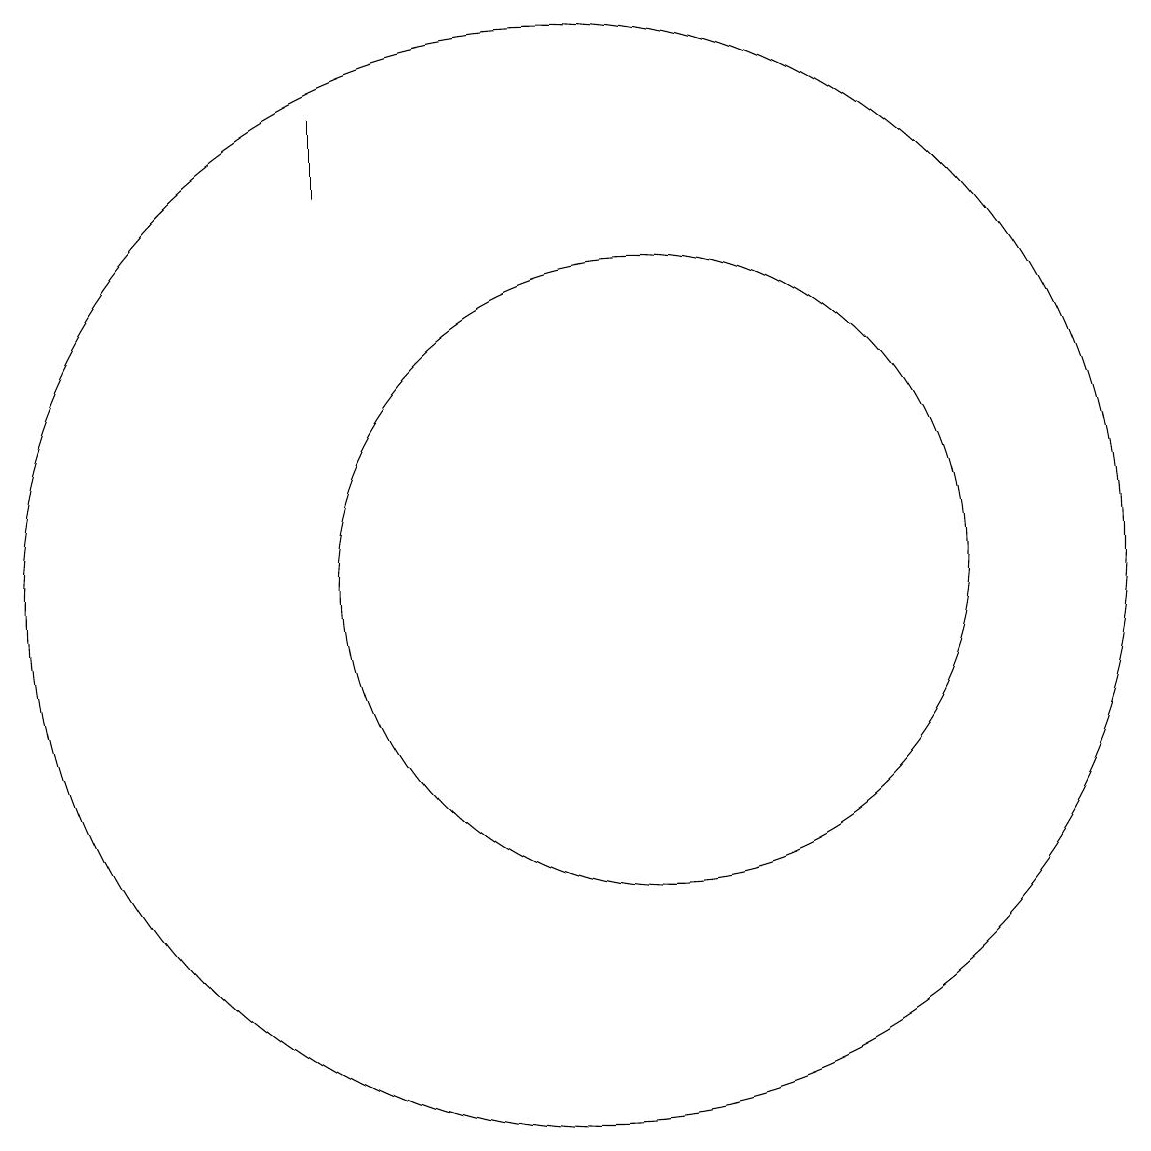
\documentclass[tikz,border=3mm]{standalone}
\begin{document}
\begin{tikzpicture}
\draw (12,10) circle (4);
\draw (11,10) circle (7);
\draw (8,15) rectangle (8,16);
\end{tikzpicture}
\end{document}